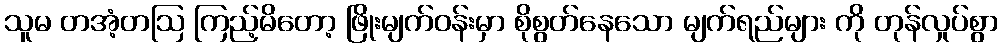
သူမ တအံ့တဩ ကြည့်မိတော့ ဖြိုးမျက်ဝန်းမှာ စိုစွတ်နေသော မျက်ရည်များ ကို တုန်လှုပ်စွာ